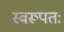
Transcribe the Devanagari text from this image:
स्वरूपतः